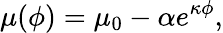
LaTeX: \mu(\phi)=\mu_{0}-\alpha e^{\kappa\phi},